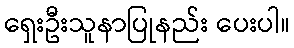
ရှေးဦးသူနာပြုနည်း ပေးပါ။